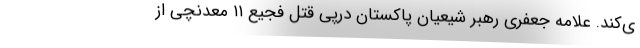
ی‌کند. علامه جعفری رهبر شیعیان پاکستان درپی قتل فجیع ۱۱ معدنچی از